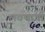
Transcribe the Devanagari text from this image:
लवणांची